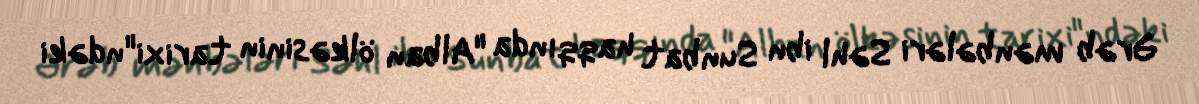
Ərəb mənbələri Səhl ibn Sunbat haqqında "Alban ölkəsinin tarixi"ndəki